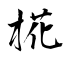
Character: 椛